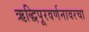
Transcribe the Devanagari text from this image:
ऋद्धिपूरवर्णनावरचा